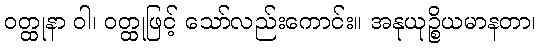
ဝတ္ထုနာ ဝါ၊ ဝတ္ထုဖြင့် သော်လည်းကောင်း။ အနုယုဉ္စိယမာနတာ၊